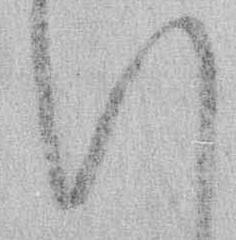
い